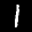
Label: 1